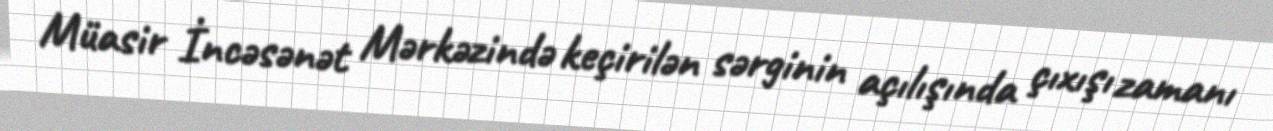
Müasir İncəsənət Mərkəzində keçirilən sərginin açılışında çıxışı zamanı